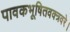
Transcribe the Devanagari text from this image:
पावकभूषितवक्त्रवरे।